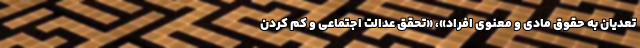
تعدیان به حقوق مادی و معنوی افراد»، «تحقق عدالت اجتماعی و کم کردن